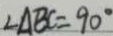
\angle A B C = 9 0 ^ { \circ }